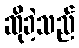
ဆိုခဲ့သည်